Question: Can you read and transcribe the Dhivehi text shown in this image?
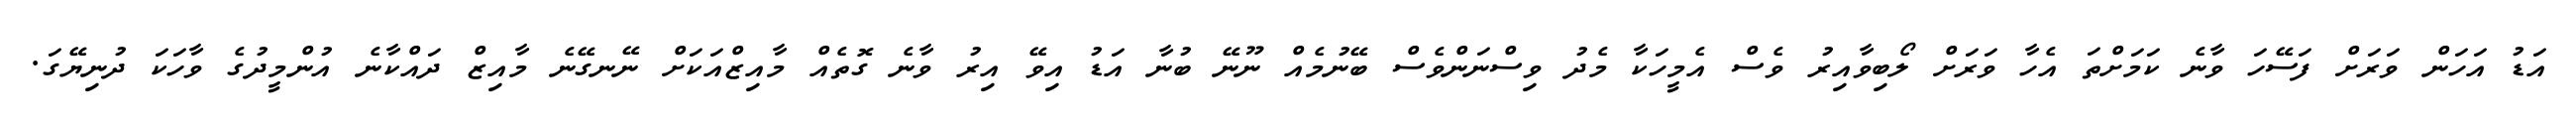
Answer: އަޑު އަހަން ވަރަށް ފަސޭހަ ވާނެ ކަމަށްތަ އެހާ ވަރަށް ލޯބިވާއިރު ވެސް އެމީހަކާ މެދު ވިސްނަންވެސް ބޭނުމެއް ނޫނޭ ބުނާ އަޑު އިވޭ އިރު ވާނެ ގޮތެއް މާއިޒްއަކަށް ނޭނގޭނެ މާއިޒް ދައްކާނެ އުންމީދުގެ ވާހަކަ ދުނިޔޭގަ.